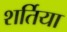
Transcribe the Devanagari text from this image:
शर्तिया